Annual report of the Punjab Veterinary College and of the Civil Veterinary Department, Punjab - 1909-1919
Year: 1909
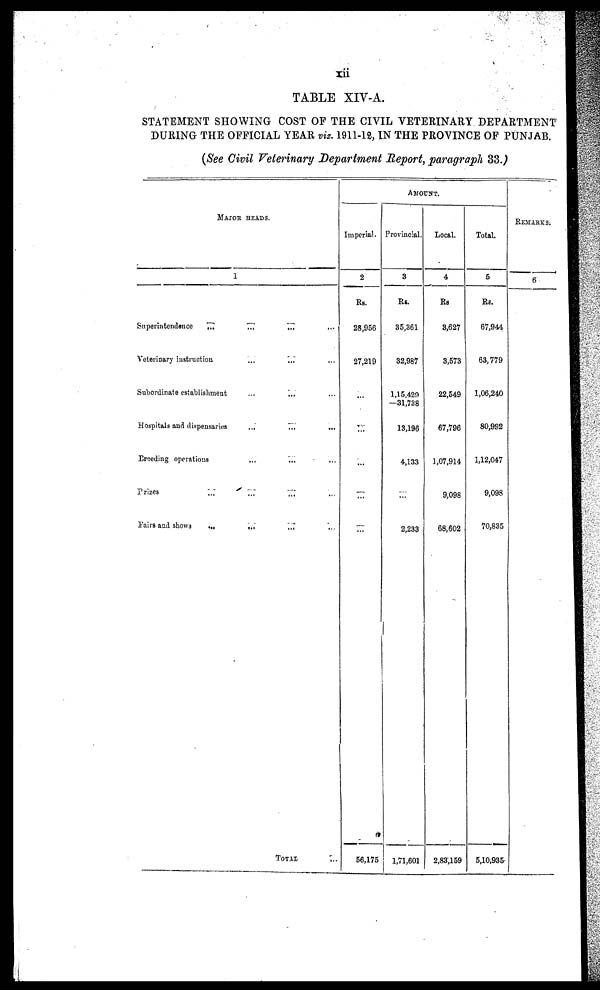
xii
TABLE XIV-A.
STATEMENT SHOWING COST OF THE CIVIL VETERINARY DEPARTMENT
DURING THE OFFICIAL YEAR viz. 1911-12, IN THE PROVINCE OF PUNJAB.
(See Civil Veterinary Department Report, paragraph 33.)
MAJOR HEADS.
1
Superintendence
... ... ... ...
Veterinary instruction ... ... ...
Subordinate establishment ... ... ...
Hospitals and dispensaries ... ... ...
Breeding operations ... ... ...
Prizes
...
...
...
Fairs and shows ... ... ... ...
TOTAL ...
AMOUNT.
Imperial.
2
Rs.
28,956
27,219
...
...
...
...
...
56,175
Provincial.
3
Rs.
35,361
32,987
1,15,429
—31,738
13,196
4,133
...
2,233
1,71,601
Local.
4
Rs
3,627
3,573
22,549
67,796
1,07,914
9,098
68,602
2,83,159
Total.
5
Rs.
67,944
63,779
1,06,240
80,992
1,12,047
9,098
70,835
5,10,935
REMARKS.
6